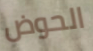
الحوض